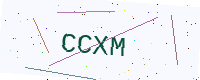
Text: CCXM